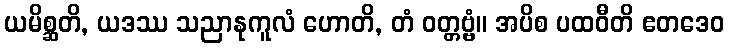
ယမိစ္ဆတိ, ယဒဿ သညာနုကူလံ ဟောတိ, တံ ဝတ္တဗ္ဗံ။ အပိစ ပထဝီတိ ဧတဒေဝ